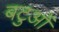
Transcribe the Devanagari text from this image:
बटुओं